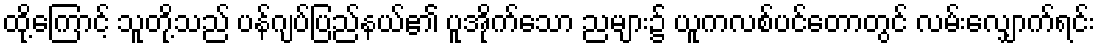
ထို့ကြောင့် သူတို့သည် ပန်ဂျပ်ပြည်နယ်၏ ပူအိုက်သော ညများ၌ ယူကလစ်ပင်တောတွင် လမ်းလျှောက်ရင်း